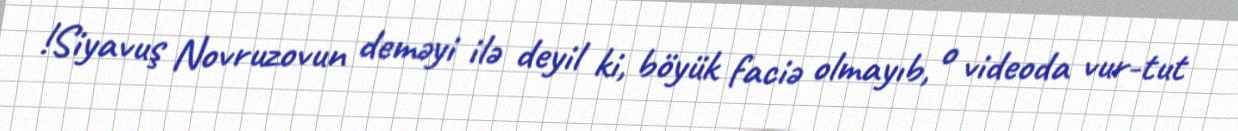
!Siyavuş Novruzovun deməyi ilə deyil ki, böyük faciə olmayıb, o videoda vur-tut